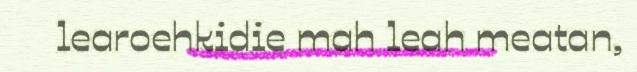
learoehkidie mah leah meatan,